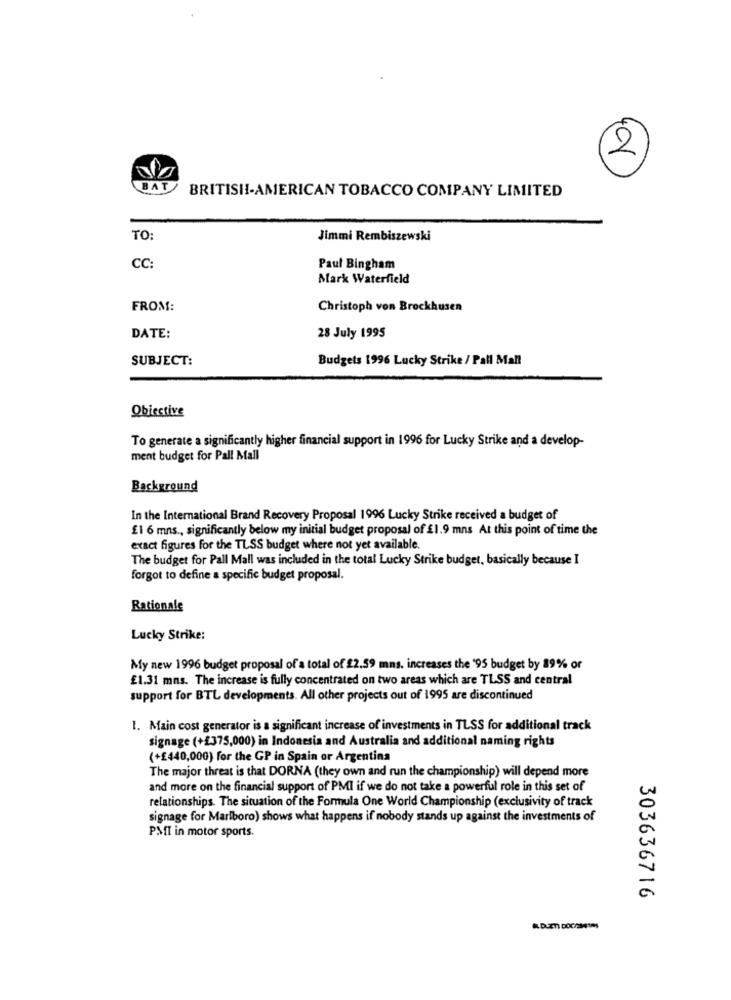
2
BAT
BRITISHI-AMERICAN TOBACCO COMPANY LIMITED
TO:
Jimmi Rembiszewski
CC
Paul Bingham
Mark Waterfield
FROM:
Christoph von Brockhusen
DATE:
28 July 1995
SUBJECT:
Budgets 1996 Lucky Strike / Pall Mall
Obiective
To generate a significantly higher financial support in 1996 for Lucky Strike and a develop-
ment budget for Pall Mall
Background
In the International Brand Recovery Proposal 1996 Lucky Strike received a budget of
£1 6 mns ., significantly below my initial budget proposal of £1.9 mns At this point of time the
exact figures for the TLSS budget where not yet available.
The budget for Pall Mall was included in the total Lucky Strike budget, basically because I
forgot to define a specific budget proposal.
Rationale
Lucky Strike:
My new 1996 budget proposal of a total of $2.59 mns. increases the '95 budget by 89% or
£1.31 mns. The increase is fully concentrated on two areas which are TLSS and central
support for BTL developments. All other projects out of 1995 are discontinued
1. Main cost generator is a significant increase of investments in TLSS for additional track
signage (+£375,000) in Indonesia and Australia and additional naming rights
(+£440,000) for the GP in Spain or Argentina
The major threat is that DORNA (they own and run the championship) will depend more
and more on the financial support of PMI if we do not take a powerful role in this set of
relationships. The situation of the Formula One World Championship (exclusivity of track
signage for Marlboro) shows what happens if nobody stands up against the investments of
PMI in motor sports.
303636716